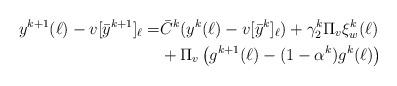
LaTeX: \begin{align*}\begin{aligned}y^{k+1}(\ell) - v[\bar y^{k+1}]_\ell =& \bar C^k(y^k(\ell)-v[\bar y^k]_\ell ) +\gamma_2^k\Pi_v \xi_w^{k}(\ell)\\&+\Pi_v \left(g^{k+1}(\ell)- (1-\alpha^k)g^{k}(\ell)\right)\end{aligned}\end{align*}